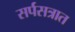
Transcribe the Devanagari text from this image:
सर्पसत्रात